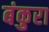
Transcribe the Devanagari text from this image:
बंकुरा